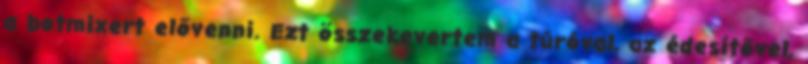
a botmixert elővenni. Ezt összekevertem a túróval, az édesítővel,